Leningradi_Edasi_toimetus, lk 188
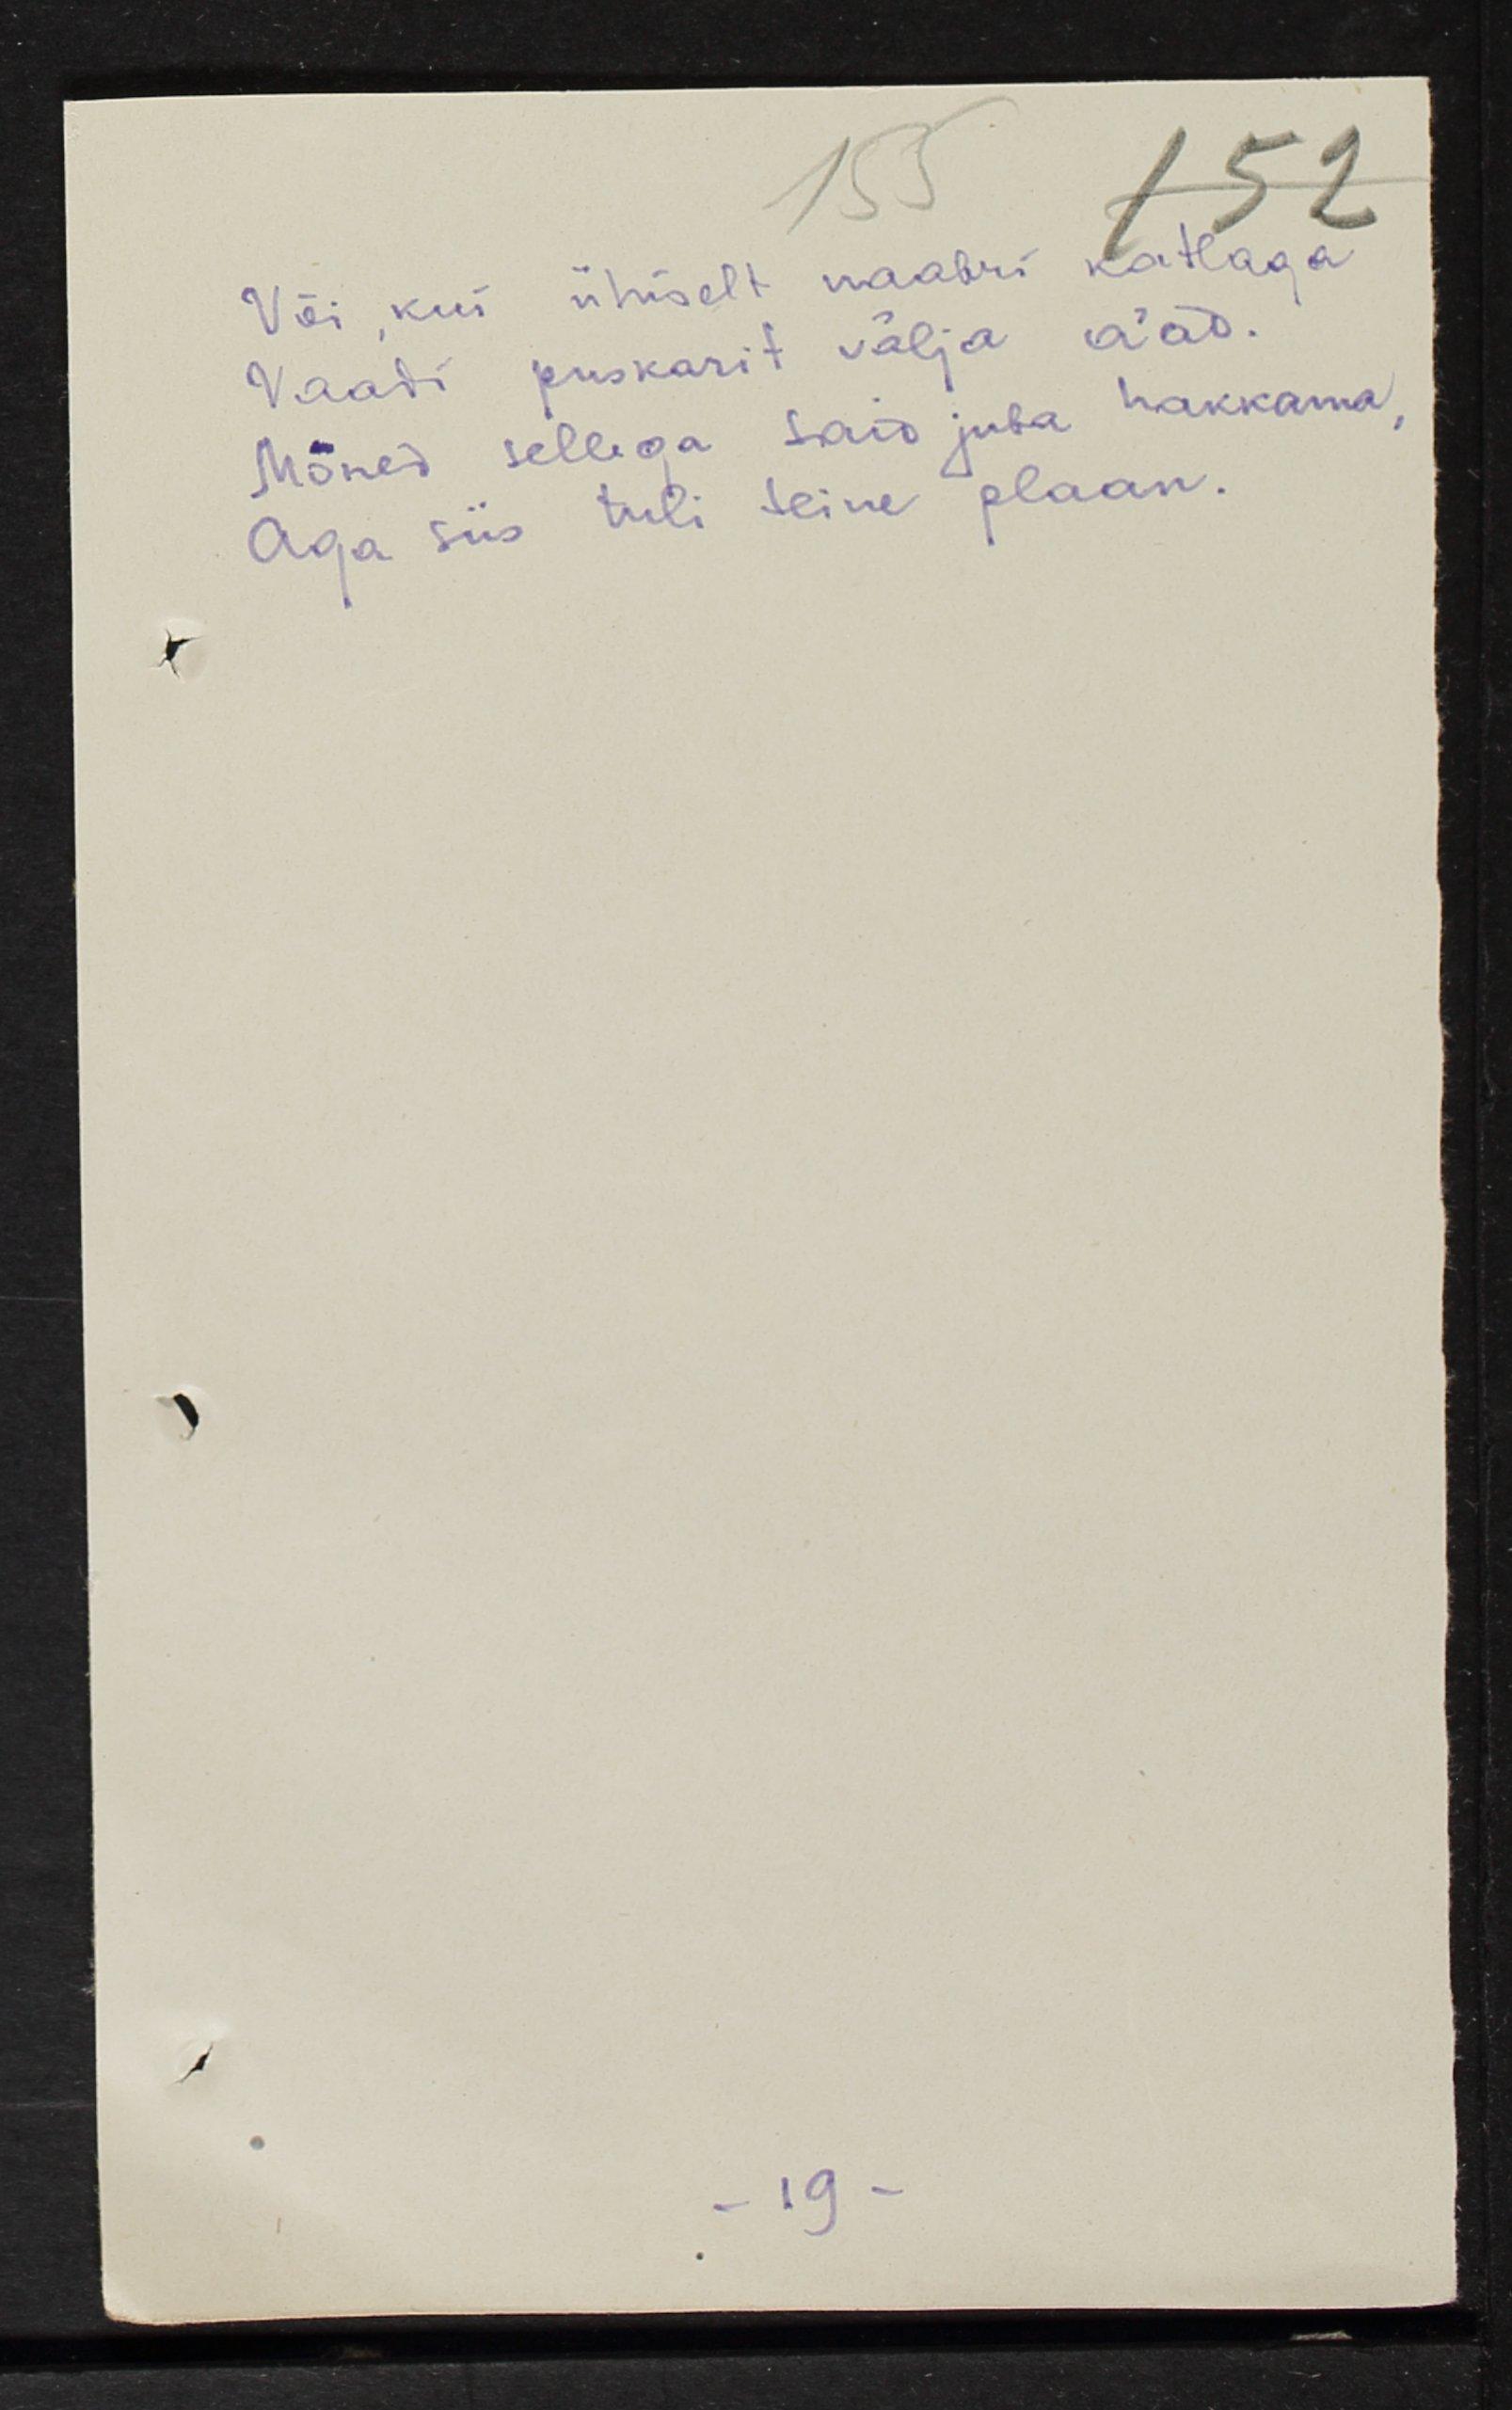
Või, kui ühiselt naabri katlaga
Vaadi puskarit välja a'ad.
Mõned sellega said juba hakkama,
Aga siis tuli teine plaan.